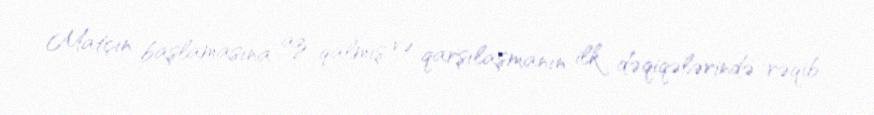
Matçın başlamasına az qalmış və qarşılaşmanın ilk dəqiqələrində rəqib